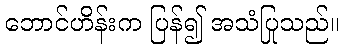
ဘောင်ဟိန်းက ပြန်၍ အသံပြုသည်။